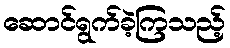
ဆောင်ရွက်ခဲ့ကြသည့်